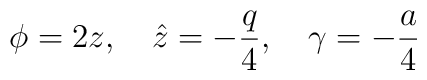
\phi = 2z,~~~\hat{z} = - \frac{q}{4},~~~\gamma = - \frac{a}{4}